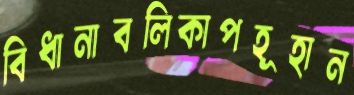
বিধানাবলিকাপহূহান